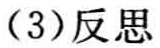
(3)反思